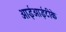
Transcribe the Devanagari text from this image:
आईआईटीके